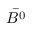
\bar { B ^ { 0 } }